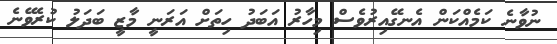
ނުވާނެ ކަމެއްކަން އެނގޭއިރުވެސް މިހާރު އަބަދު ހިތަށް އަރަނީ މާޒީ ބަދަލު ކުރެވޭނެ